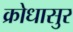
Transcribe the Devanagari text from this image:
क्रोधासुर